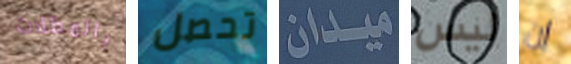
بالمظلات تحصل ميدان ليس إن